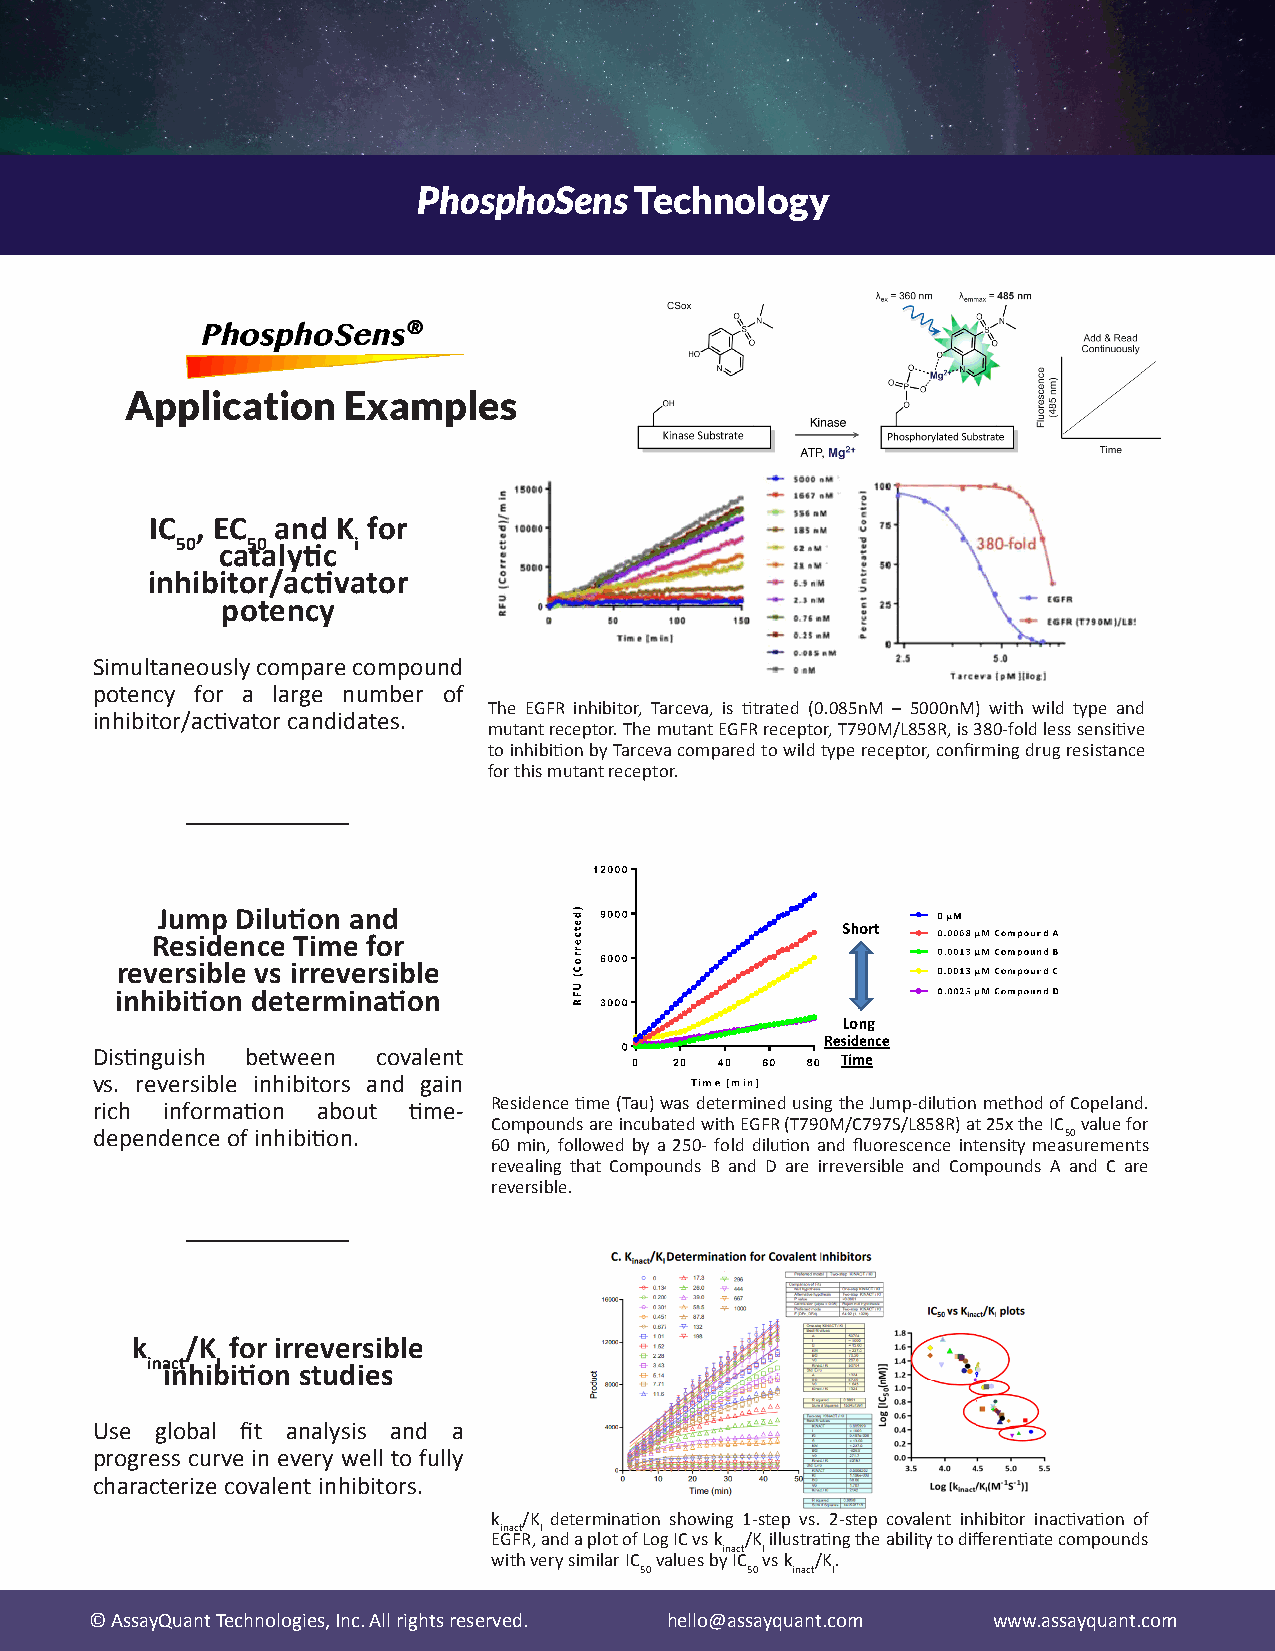
PhosphoSens   Technology
 Application    Examples
 IC , EC and K for
 50  50     i
 catalytic
 inhibitor/activator
 potency
 Simultaneously compare compound
 potency for a large number of
 The EGFR inhibitor, Tarceva, is titrated (0.085nM – 5000nM) with wild type and
 inhibitor/activator candidates.
 mutant receptor. The mutant EGFR receptor, T790M/L858R, is 380-fold less sensitive
 to inhibition by Tarceva compared to wild type receptor, confirming drug resistance
 for this mutant receptor.
 Jump  Dilution and
 Residence Time for
 reversible vs irreversible
 inhibition determination
 Distinguish between covalent
 vs. reversible inhibitors and gain
 rich information about time- Residence time (Tau) was determined using the Jump-dilution method of Copeland.
 Compounds are incubated with EGFR (T790M/C797S/L858R) at 25x the IC value for
 dependence of inhibition.                                       50
 60 min, followed by a 250- fold dilution and fluorescence intensity measurements
 revealing that Compounds B and D are irreversible and Compounds A and C are
 reversible.
 k  /K for irreversible
 inact I
 inhibition studies
 Use global fit analysis and a
 progress curve in every well to fully
 characterize covalent inhibitors.
 k /K determination showing 1-step vs. 2-step covalent inhibitor inactivation of
 inact I
 EGFR, and a plot of Log IC vs k /K illustrating the ability to differentiate compounds
 inact I
 with very similar IC values by IC vs k /K.
 50     50 inact I
 © AssayQuant Technologies, Inc. All rights reserved. hello@assayquant.com www.assayquant.com